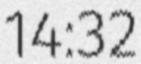
14:32